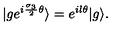
| g e ^ { i { \frac { { \sigma } _ { 3 } } { 2 } } { \theta } } \rangle = e ^ { i l { \theta } } | g \rangle .